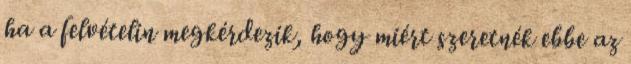
ha a felvételin megkérdezik, hogy miért szeretnék ebbe az